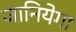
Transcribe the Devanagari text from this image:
जानियेगा